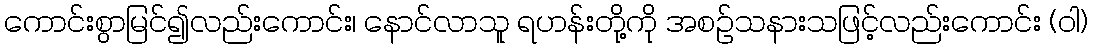
ကောင်းစွာမြင်၍လည်းကောင်း၊ နောင်လာသူ ရဟန်းတို့ကို အစဉ်သနားသဖြင့်လည်းကောင်း (ဝါ)